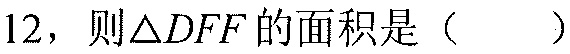
12，则\(\triangle DFF\)的面积是（  ）